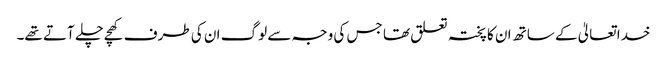
خدا تعالیٰ کے ساتھ ان کا پختہ تعلق تھا جس کی وجہ سے لوگ ان کی طرف کھچے چلے آتے تھے۔